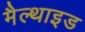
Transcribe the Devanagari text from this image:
मैल्थाइड